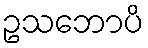
ဥသဘောပိ